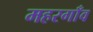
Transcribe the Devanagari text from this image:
महरगाँव